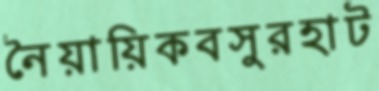
নৈয়ায়িকবসুরহাট